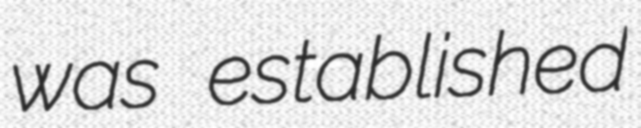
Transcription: was established